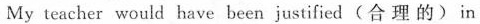
My teacher would have been justified(合 理 的) in